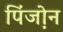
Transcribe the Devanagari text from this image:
पिंजो़न